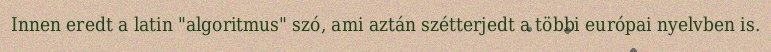
Innen eredt a latin "algoritmus" szó, ami aztán szétterjedt a többi európai nyelvben is.